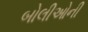
બોલીઓની